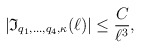
\begin{align*}|\mathfrak{I}_{q_1,\ldots, q_4, \kappa}(\ell)|\leq \frac{C}{\ell^ {3}},\end{align*}